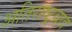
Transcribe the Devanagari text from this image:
अतिराष्ट्रवाद